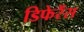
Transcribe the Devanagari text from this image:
डिफेरेंस